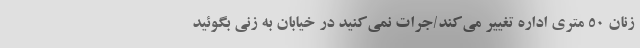
زنان 50 متری اداره تغییر می‌کند/جرات نمی‌کنید در خیابان به زنی بگوئید